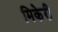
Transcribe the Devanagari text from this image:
मिकेरी